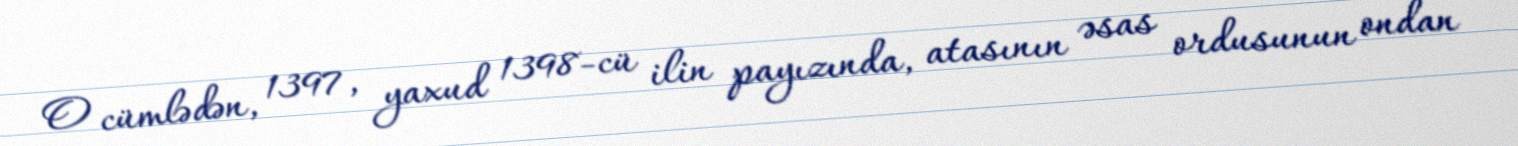
O cümlədən, 1397, yaxud 1398-cü ilin payızında, atasının əsas ordusunun ondan